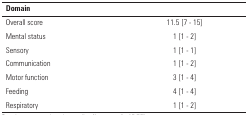
<table><thead><tr><td><b>Domain</b></td><td>[EMPTY_CELL]</td></tr></thead><tbody><tr><td>Overall score</td><td>11.5 [7 - 15]</td></tr><tr><td>Mental status</td><td>1 [1 - 2]</td></tr><tr><td>Sensory</td><td>1 [1 - 1]</td></tr><tr><td>Communication</td><td>1 [1 - 2]</td></tr><tr><td>Motor function</td><td>3 [1 - 4]</td></tr><tr><td>Feeding</td><td>4 [1 - 4]</td></tr><tr><td>Respiratory</td><td>1 [1 - 2]</td></tr></tbody></table>